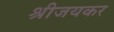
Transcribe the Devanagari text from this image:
श्रीजयकर